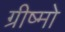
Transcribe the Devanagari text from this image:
ग्रीष्मो